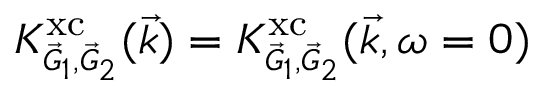
K _ { \scriptscriptstyle \vec { G } _ { 1 } , \vec { G } _ { 2 } } ^ { \mathrm { x c } } ( \vec { k } ) = K _ { \scriptscriptstyle \vec { G } _ { 1 } , \vec { G } _ { 2 } } ^ { \mathrm { x c } } ( \vec { k } , \omega = 0 )